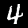
Digit: 4